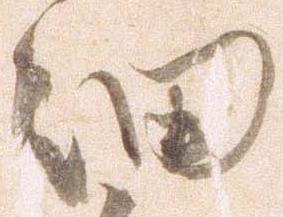
細